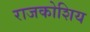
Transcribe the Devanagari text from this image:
राजकोशिय